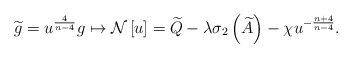
\begin{align*}\widetilde{g}=u^{\frac{4}{n-4}}g\mapsto \mathcal{N}\left[ u\right] =\widetilde{Q}-\lambda \sigma _{2}\left( \widetilde{A}\right) -\chi u^{-\frac{n+4}{n-4}}. \end{align*}